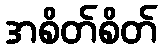
အစိတ်စိတ်